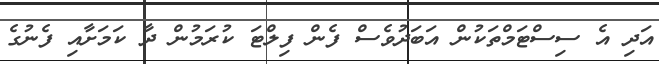
އަދި އެ ސިސްޓަމްތަކުން އަބަދުވެސް ފެން ފިލްޓަ ކުރަމުން ދާ ކަމަށާއި ފެނުގެ